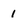
Character: 1